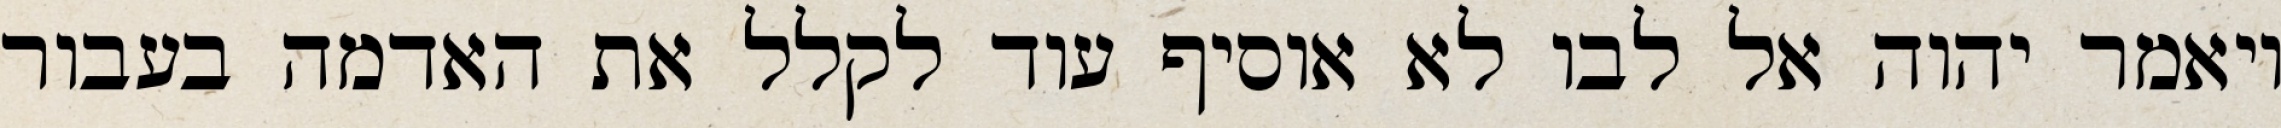
ויאמר יהוה אל לבו לא אוסיף עוד לקלל את האדמה בעבור